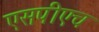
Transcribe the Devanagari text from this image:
एसपीएच